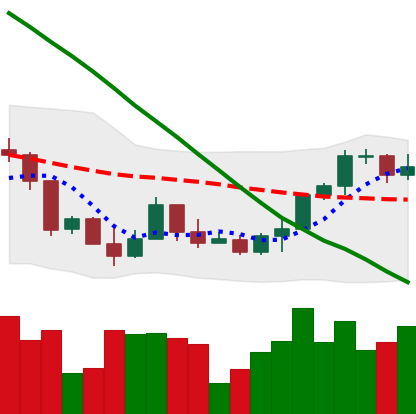
Ticker: ETH-USD
Chart end date: 2022-03-21
Forward return: 8.461%
Label: up_7plus